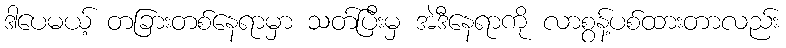
ဒါပေမယ့် တခြားတစ်နေရာမှာ သတ်ပြီးမှ အဲဒီနေရာကို လာစွန့်ပစ်ထားတာလည်း